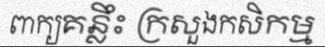
ពាក្យគន្លឹះ ក្រសួងកសិកម្ម